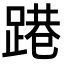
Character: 𨃈